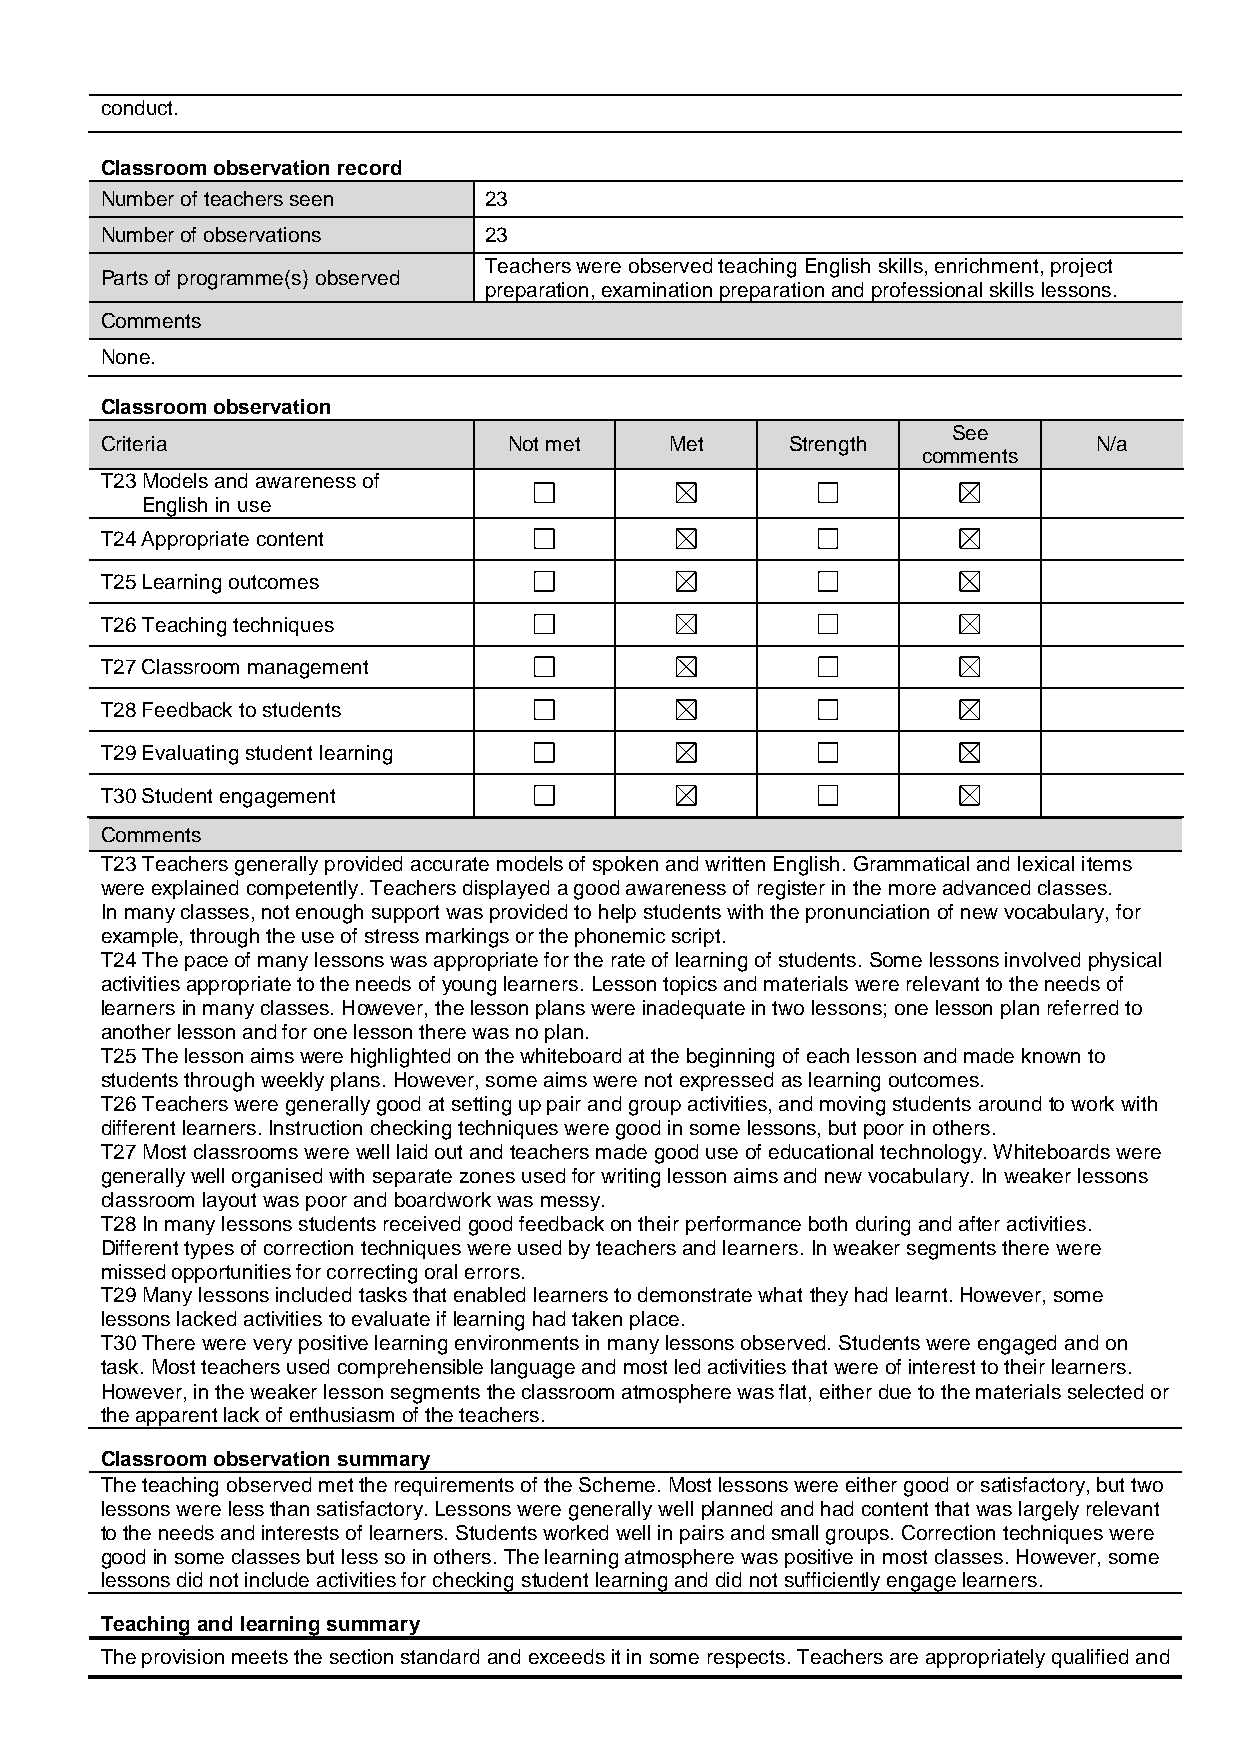
conduct.
 Classroom observation record
 Number of teachers seen  23
 Number of observations   23
 Teachers were observed teaching English skills, enrichment, project
 Parts of programme(s) observed
 preparation, examination preparation and professional skills lessons.
 Comments
 None.
 Classroom observation
 See
 Criteria                   Not met   Met     Strength            N/a
 comments
 T23 Models and awareness of
 English in use
 T24 Appropriate content
 T25 Learning outcomes
 T26 Teaching techniques
 T27 Classroom management
 T28 Feedback to students
 T29 Evaluating student learning
 T30 Student engagement
 Comments
 T23 Teachers generally provided accurate models of spoken and written English. Grammatical and lexical items
 were explained competently. Teachers displayed a good awareness of register in the more advanced classes.
 In many classes, not enough support was provided to help students with the pronunciation of new vocabulary, for
 example, through the use of stress markings or the phonemic script.
 T24 The pace of many lessons was appropriate for the rate of learning of students. Some lessons involved physical
 activities appropriate to the needs of young learners. Lesson topics and materials were relevant to the needs of
 learners in many classes. However, the lesson plans were inadequate in two lessons; one lesson plan referred to
 another lesson and for one lesson there was no plan.
 T25 The lesson aims were highlighted on the whiteboard at the beginning of each lesson and made known to
 students through weekly plans. However, some aims were not expressed as learning outcomes.
 T26 Teachers were generally good at setting up pair and group activities, and moving students around to work with
 different learners. Instruction checking techniques were good in some lessons, but poor in others.
 T27 Most classrooms were well laid out and teachers made good use of educational technology. Whiteboards were
 generally well organised with separate zones used for writing lesson aims and new vocabulary. In weaker lessons
 classroom layout was poor and boardwork was messy.
 T28 In many lessons students received good feedback on their performance both during and after activities.
 Different types of correction techniques were used by teachers and learners. In weaker segments there were
 missed opportunities for correcting oral errors.
 T29 Many lessons included tasks that enabled learners to demonstrate what they had learnt. However, some
 lessons lacked activities to evaluate if learning had taken place.
 T30 There were very positive learning environments in many lessons observed. Students were engaged and on
 task. Most teachers used comprehensible language and most led activities that were of interest to their learners.
 However, in the weaker lesson segments the classroom atmosphere was flat, either due to the materials selected or
 the apparent lack of enthusiasm of the teachers.
 Classroom observation summary
 The teaching observed met the requirements of the Scheme. Most lessons were either good or satisfactory, but two
 lessons were less than satisfactory. Lessons were generally well planned and had content that was largely relevant
 to the needs and interests of learners. Students worked well in pairs and small groups. Correction techniques were
 good in some classes but less so in others. The learning atmosphere was positive in most classes. However, some
 lessons did not include activities for checking student learning and did not sufficiently engage learners.
 Teaching and learning summary
 The provision meets the section standard and exceeds it in some respects. Teachers are appropriately qualified and